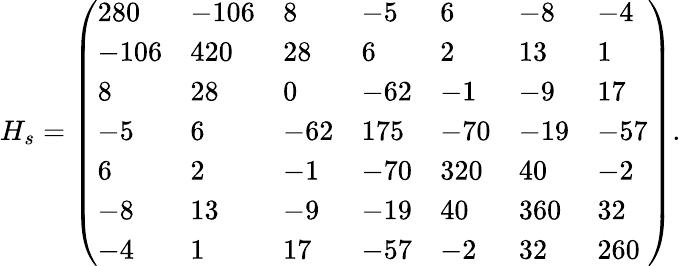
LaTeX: H_{s}=\left(\begin{array}{lllllll}{280}&{-106}&{8}&{-5}&{6}&{-8}&{-4}\\ {-106}&{420}&{28}&{6}&{2}&{13}&{1}\\ {8}&{28}&{0}&{-62}&{-1}&{-9}&{17}\\ {-5}&{6}&{-62}&{175}&{-70}&{-19}&{-57}\\ {6}&{2}&{-1}&{-70}&{320}&{40}&{-2}\\ {-8}&{13}&{-9}&{-19}&{40}&{360}&{32}\\ {-4}&{1}&{17}&{-57}&{-2}&{32}&{260}\end{array}\right).